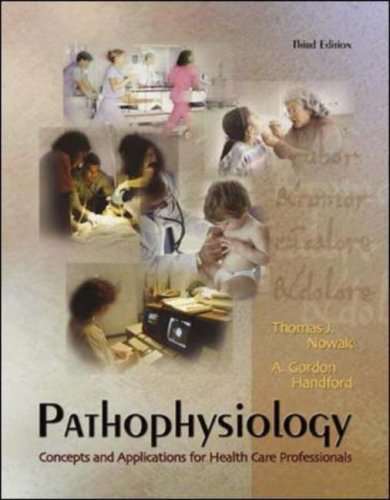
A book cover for Pathophysiology: Concepts and Applications for Health Care Professionals; Thomas Nowak; Medical Books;